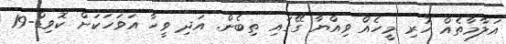
އަލާމާތެއް ހުރި މީހެއް ވިއްޔާ ގޭގައި ތިބެން. އަދި ވީހާ އަވަހަކަށް ކޮވިޑް-19